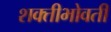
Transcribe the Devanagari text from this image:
शक्तीभोवती